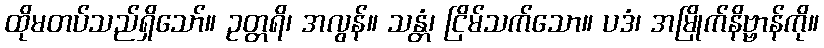
ထိုမတပ်သည်ရှိသော်။ ဥတ္တရိ၊ အလွန်။ သန္တံ၊ ငြိမ်သက်သော။ ပဒံ၊ အမြိုက်နိဗ္ဗာန်ကို။